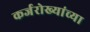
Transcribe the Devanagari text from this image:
कर्जरोख्यांच्या